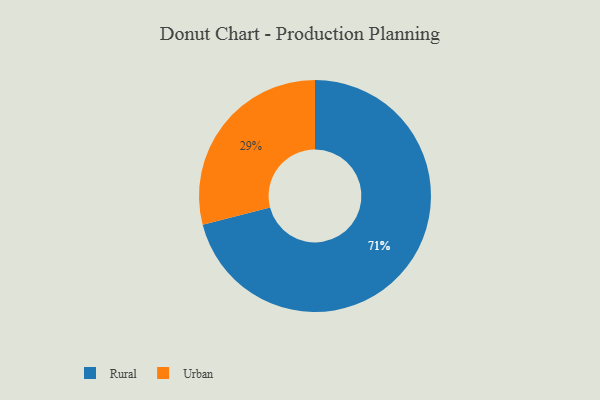
{"axis": {"x": "Category", "y": "Percentage"}, "legend": ["Rural", "Urban"], "data": [{"x": "Urban", "y": 29, "type": "Urban"}, {"x": "Rural", "y": 71, "type": "Rural"}]}